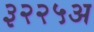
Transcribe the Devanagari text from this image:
३२२५अ